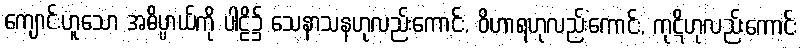
ကျောင်းဟူသော အဓိပ္ပာယ်ကို ပါဠိ၌ သေနာသနဟုလည်းကောင်း, ဝိဟာရဟုလည်းကောင်း, ကုဋိဟုလည်းကောင်း